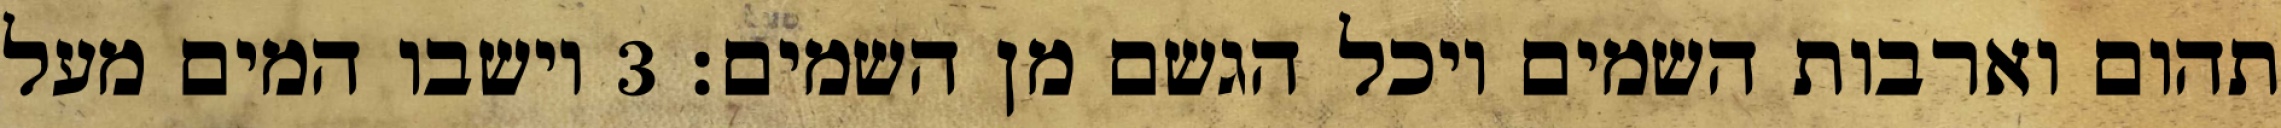
תהום וארבות השמים ויכל הגשם מן השמים׃ ‎3‏ וישבו המים מעל